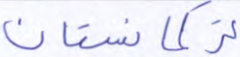
تركمانستان